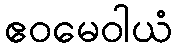
ဧဝမေဝါယံ